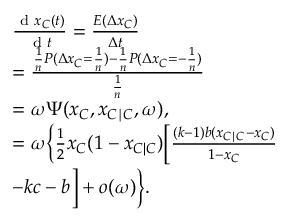
\begin{array} { r l } & { \frac { \textrm { d } x _ { C } ( t ) } { \textrm { d } t } = \frac { E ( \Delta x _ { C } ) } { \Delta t } } \\ & { = \frac { \frac { 1 } { n } P ( \Delta x _ { C } = \frac { 1 } { n } ) - \frac { 1 } { n } P ( \Delta x _ { C } = - \frac { 1 } { n } ) } { \frac { 1 } { n } } } \\ & { = \omega \Psi ( x _ { C } , x _ { C \mid C } , \omega ) , } \\ & { = \omega \bigg \{ \frac { 1 } { 2 } x _ { C } ( 1 - x _ { C | C } ) \Big [ \frac { ( k - 1 ) b ( x _ { C \mid C } - x _ { C } ) } { 1 - x _ { C } } } \\ & { - k c - b \Big ] + o ( \omega ) \bigg \} . } \end{array}